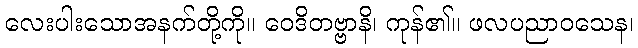
လေးပါးသောအနက်တို့ကို။ ဝေဒိတဗ္ဗာနိ၊ ကုန်၏။ ဖလပညာဝသေန၊